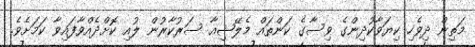
މަތިން ދިވެހި ކިޔަވާކުދިންގެ ވިސާގެ ކަންތައް މެލޭޝިއާ ސަރުކާރުން ލުއި ކޮށްދެއްވާފައިވާ ކަމަށެވެ.